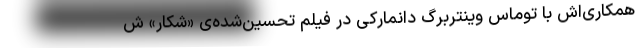
همکاری‌اش با توماس وینتربرگ دانمارکی در فیلم تحسین‌شده‌ی «شکار» ش